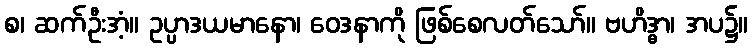
စ၊ ဆက်ဦးအံ့။ ဥပ္ပာဒယမာနော၊ ဝေဒနာကို ဖြစ်စေလတ်သော်။ ဗဟိဒ္ဓာ၊ အပ၌။